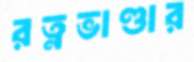
রত্নভাণ্ডার